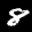
Label: 8